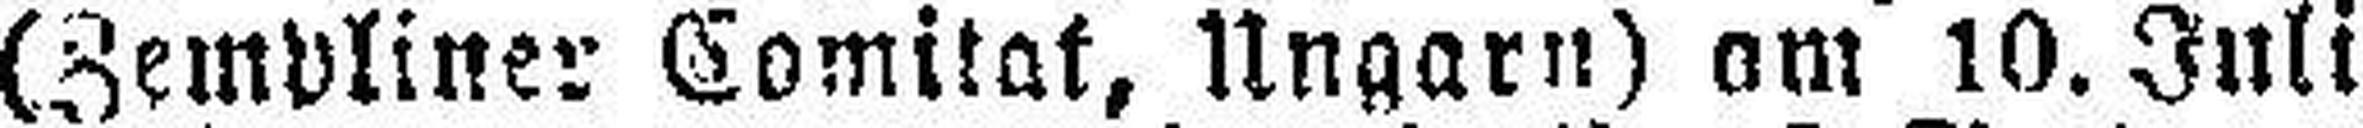
(Zempliner Comitat, Ungarn) am 10. Juli